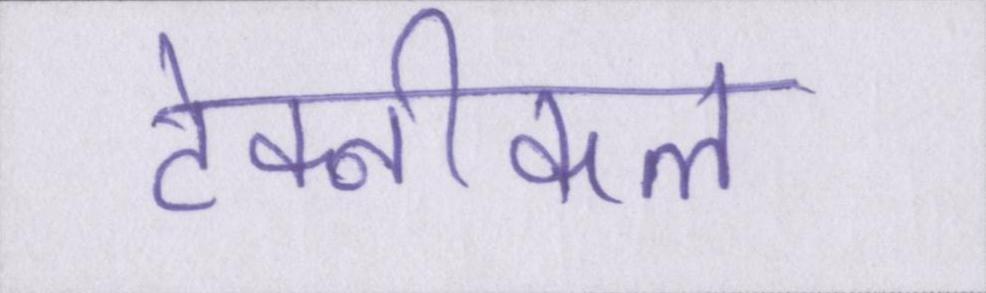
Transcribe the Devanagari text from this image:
टेक्नीकल